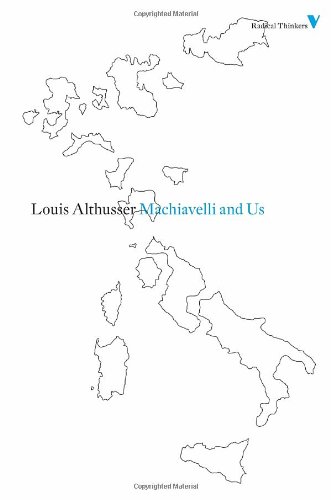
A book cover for Machiavelli and Us (Radical Thinkers); Louis Althusser; Politics & Social Sciences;